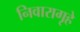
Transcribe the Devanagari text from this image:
निवारागृहे